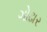
ગોઢાર